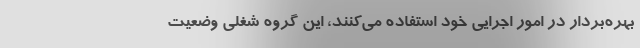
بهره‌بردار در امور اجرایی خود استفاده می‌کنند، این گروه شغلی وضعیت